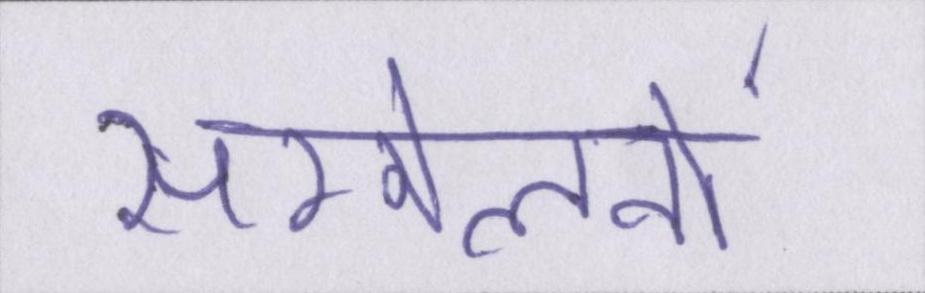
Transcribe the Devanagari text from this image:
सम्मेलनों